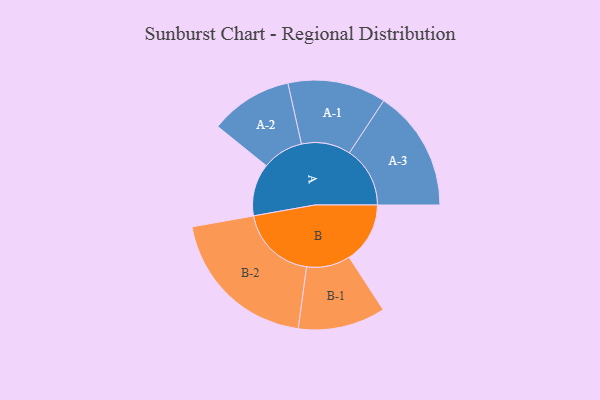
{"axis": {"x": "Segment", "y": "Value"}, "legend": ["", "A", "B"], "data": [{"x": "A", "y": 192, "type": ""}, {"x": "B", "y": 223, "type": ""}, {"x": "A-1", "y": 180, "type": "A"}, {"x": "A-2", "y": 151, "type": "A"}, {"x": "A-3", "y": 222, "type": "A"}, {"x": "B-1", "y": 160, "type": "B"}, {"x": "B-2", "y": 283, "type": "B"}]}